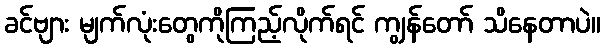
ခင်ဗျား မျက်လုံးတွေကိုကြည့်လိုက်ရင် ကျွန်တော် သိနေတာပဲ။